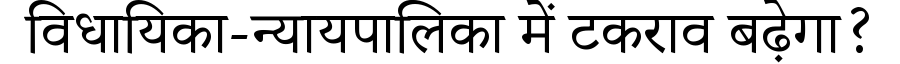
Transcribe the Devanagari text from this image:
विधायिका-न्यायपालिका में टकराव बढ़ेगा?